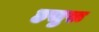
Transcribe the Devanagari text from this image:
हसुरू